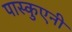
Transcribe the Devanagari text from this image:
पास्कुएनी